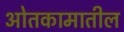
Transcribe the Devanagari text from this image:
ओतकामातील